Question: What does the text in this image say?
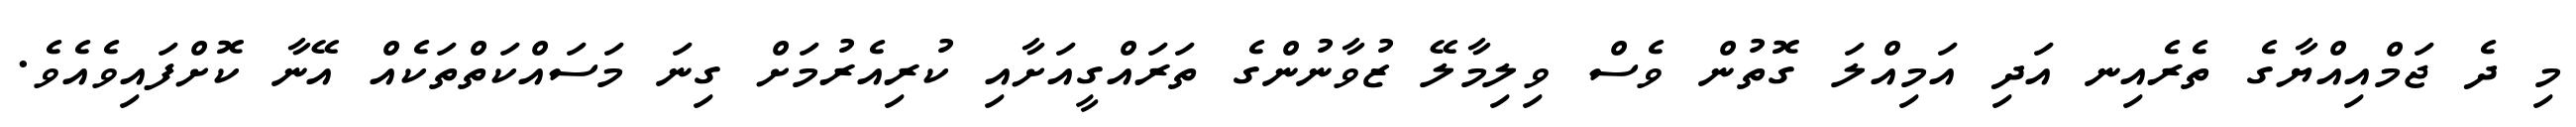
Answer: މި ދެ ޖަމްއިއްޔާގެ ތެރެއިނ އަދި އަމިއްލަ ގޮތުން ވެސް ވިލިމާލޭ ޒުވާނުންގެ ތަރައްގީއަށާއި ކުރިއެރުމަށް ގިނަ މަސައްކަތްތަކެއް އޭނާ ކޮށްފައިވެއެވެ.